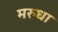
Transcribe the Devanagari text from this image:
मरुधा